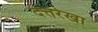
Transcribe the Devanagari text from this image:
दत्तरेखा